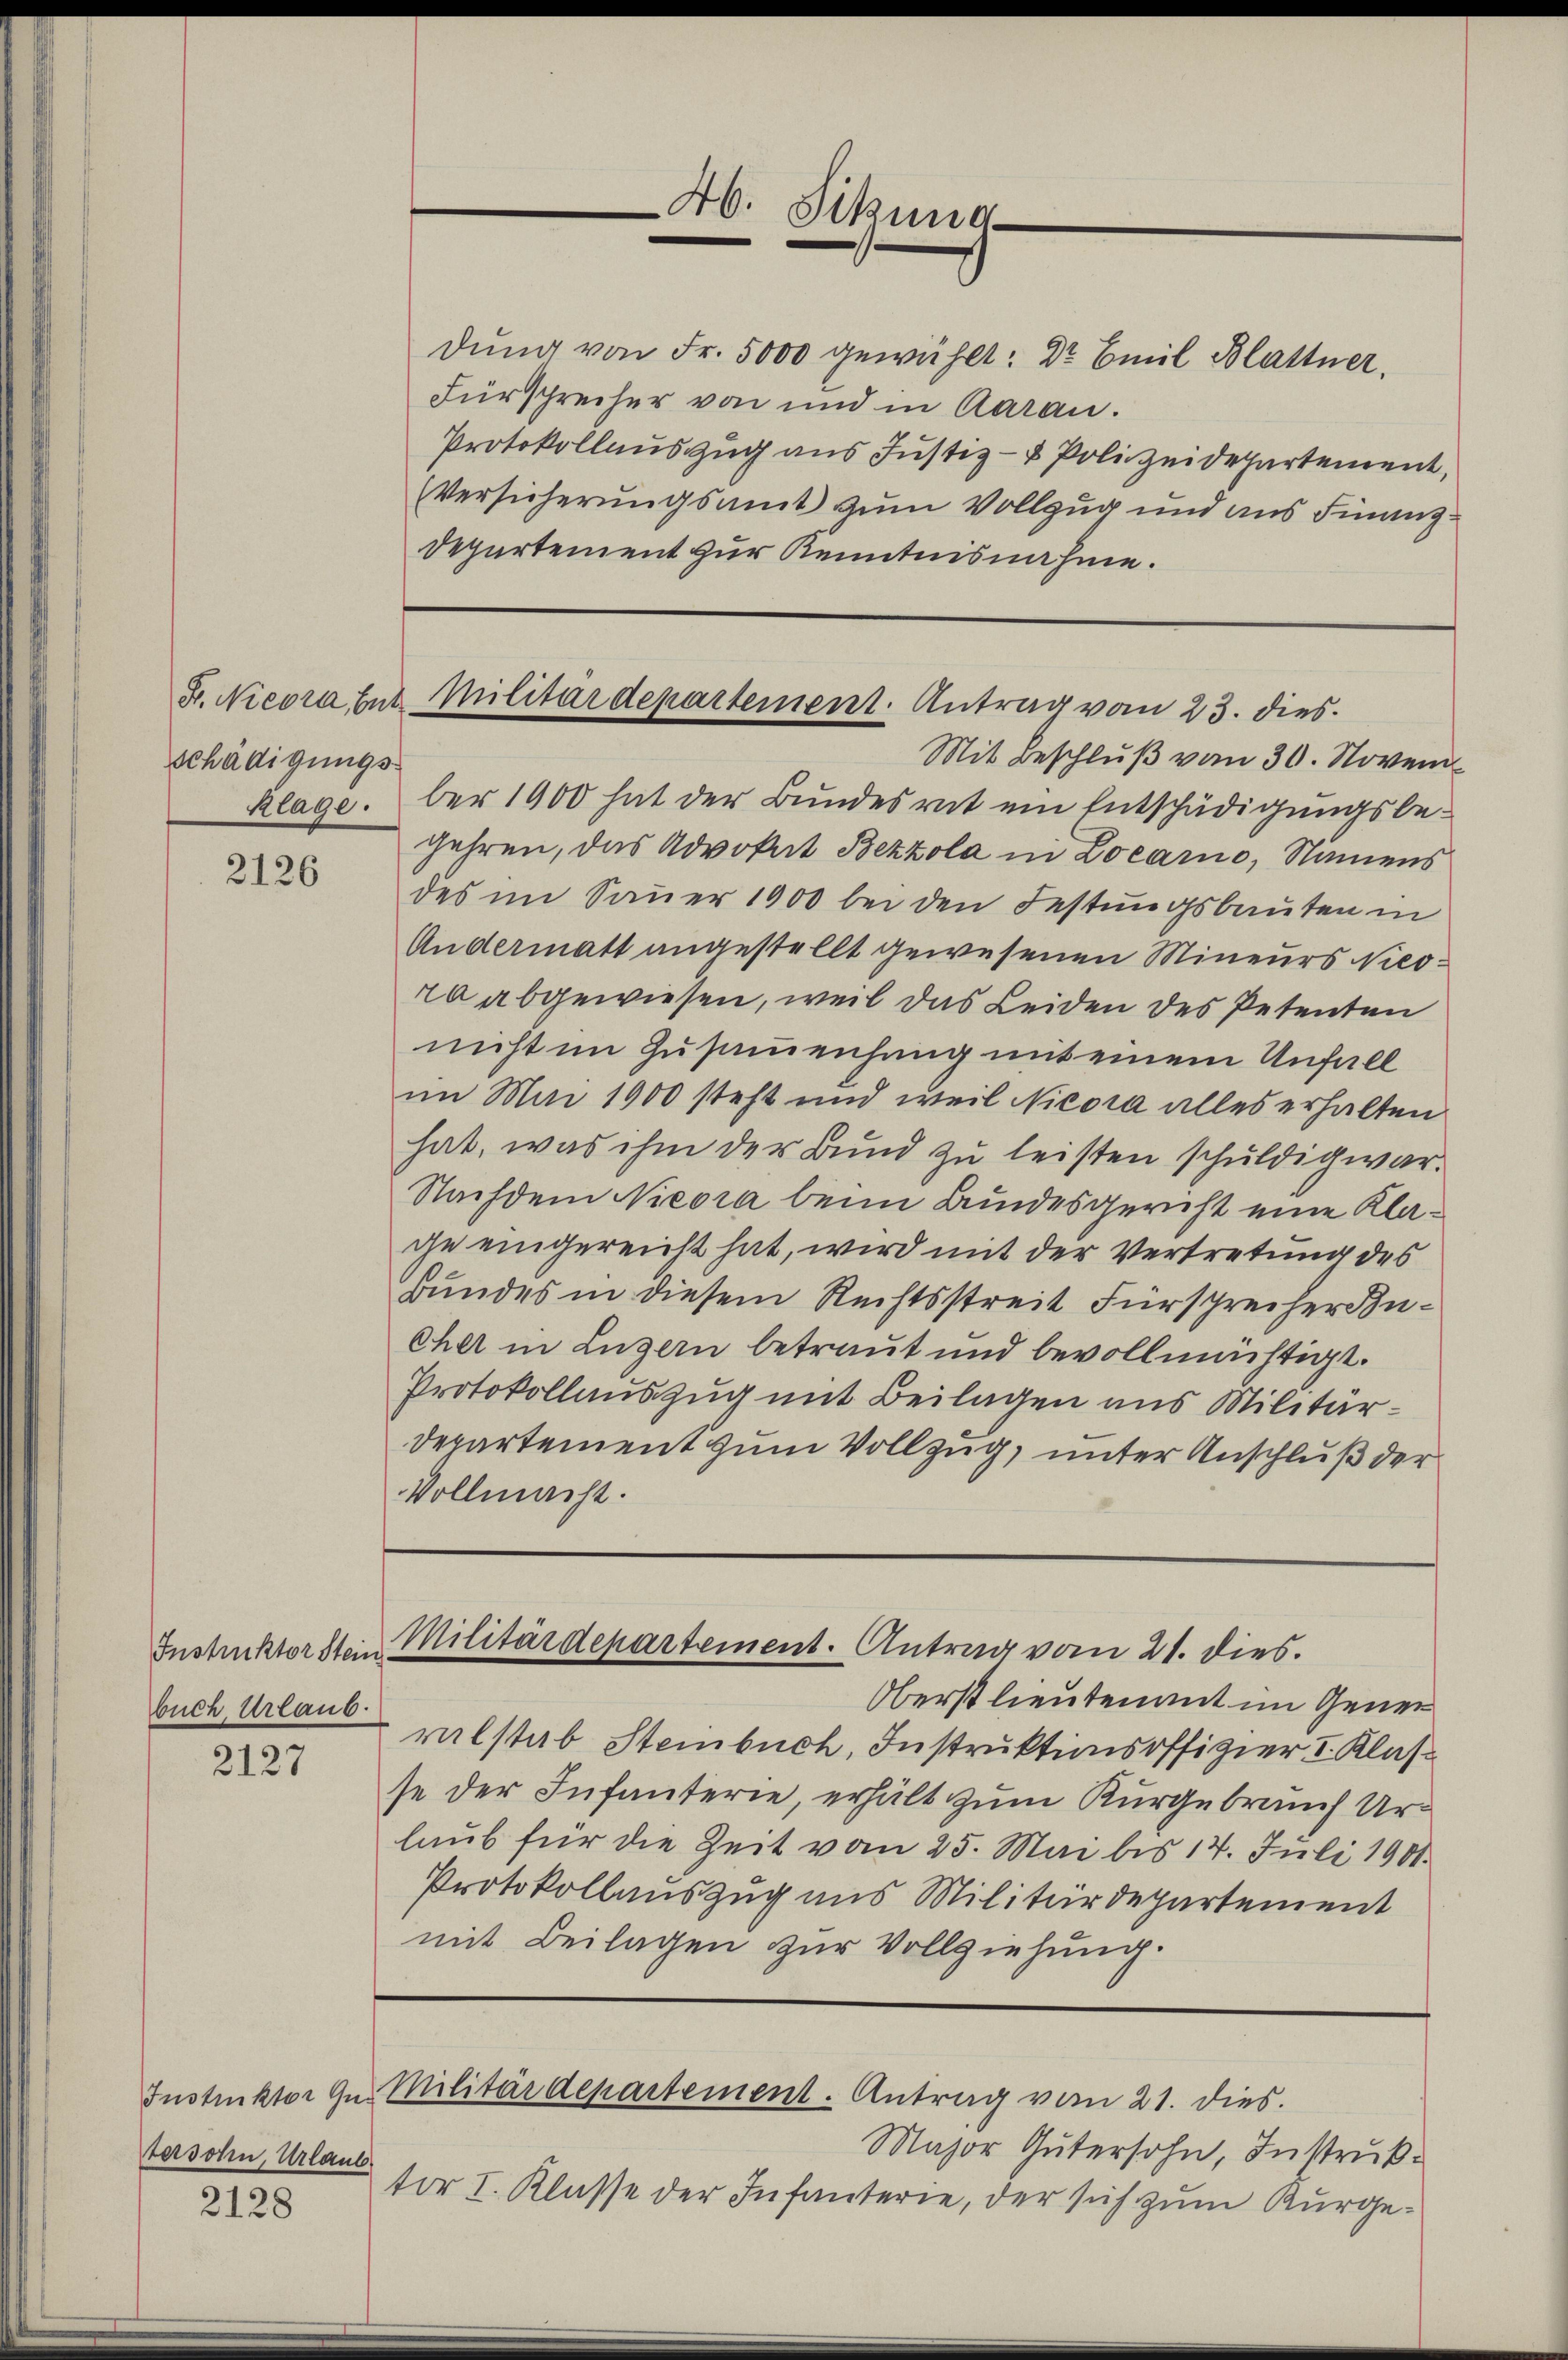
Schädigungs¬

2126

Instruktor Stein
buch, Urlaub.

2127

tersohn, Urlaub

2128

46. Sitzung.

F. Nicora Ent Militärdepartement. Antrag vom 23. dies

dung von Fr. 5000 gewählt: Dr Emil Blattner.
Fürsprecher von und in Aarau.
Protokollauszug aus Justiz- & Polizeidepartement,
Versicherungsamt zum Vollzug und aus Finanz¬
Departement zur Kenntnisnahme.

Mit Beschluß vom 30. Novem¬
Klageber 1900 hat der Bundesrat ein Entschädigungsbegehren, das Advokat Bezzola in Locarno, Namens
des im Sauer 1900 bei den Festungsbauten in
Andermatt angestellt gewesenen Mineurs Nieo¬
20 abgewiesen, weil das Leiden des Petenten
nicht im Zusammenhang mit einem Unfall
im Mai 1900 steht und weil Nicora alles erhalten
hat, was ihm der Bund zu leisten schuldig war.
Nachdem Nicora beim Bundesgericht eine Klage eingereicht hat, wird mit der Vertretung des
Bundes in diesem Rechtsstreit Fürsprecher Bu¬
Cher in Luzern betraut und bevollmächtigt.
Protokollauszug mit Beilagen aus Militär¬
Departement zum Vollzug, unter Anschluß der
Vollmacht.
Militärdepartement. Antrag vom 21. dies.
Oberstlieutenant im Generralstab Steinbuch, Instruktionsoffizier I. Klasse der Infanterie, erhält zum Kurgebrauch Urlaub für die Zeit vom 25. Mai bis 14. Juli 1901.
Protokollauszug aus Militärdepartement
mit Beilagen zur Vollziehung.

Instruktor que Militärdepartement. Antrag vom 21. dies

Major Gütersohn, Instruktor I. Klasse der Infanterie, der sich zum Kurge¬